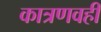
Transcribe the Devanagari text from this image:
कात्रणवही